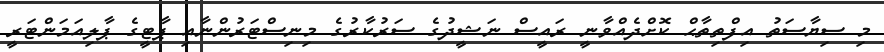
މި ސިޔާސަތު އިފްތިތާޙް ކޮށްދެއްވާނީ ރައީސް ނަޝީދުގެ ސަރުކާރުގެ މިނިސްޓަރުންނާއި ޕާޓީގެ ޕާލިއަމަންޓަރީ